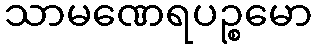
သာမဏေရပဉ္စမော